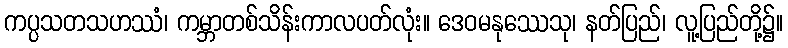
ကပ္ပသတသဟဿံ၊ ကမ္ဘာတစ်သိန်းကာလပတ်လုံး။ ဒေဝမနုဿေသု၊ နတ်ပြည်၊ လူ့ပြည်တို့၌။